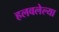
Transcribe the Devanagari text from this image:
हलवलेल्या